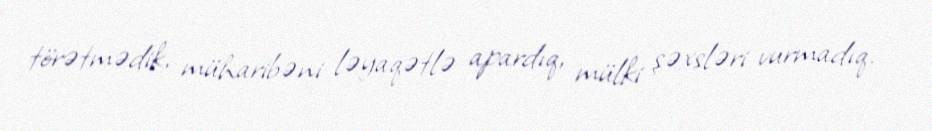
törətmədik, müharibəni ləyaqətlə apardıq, mülki şəxsləri vurmadıq.